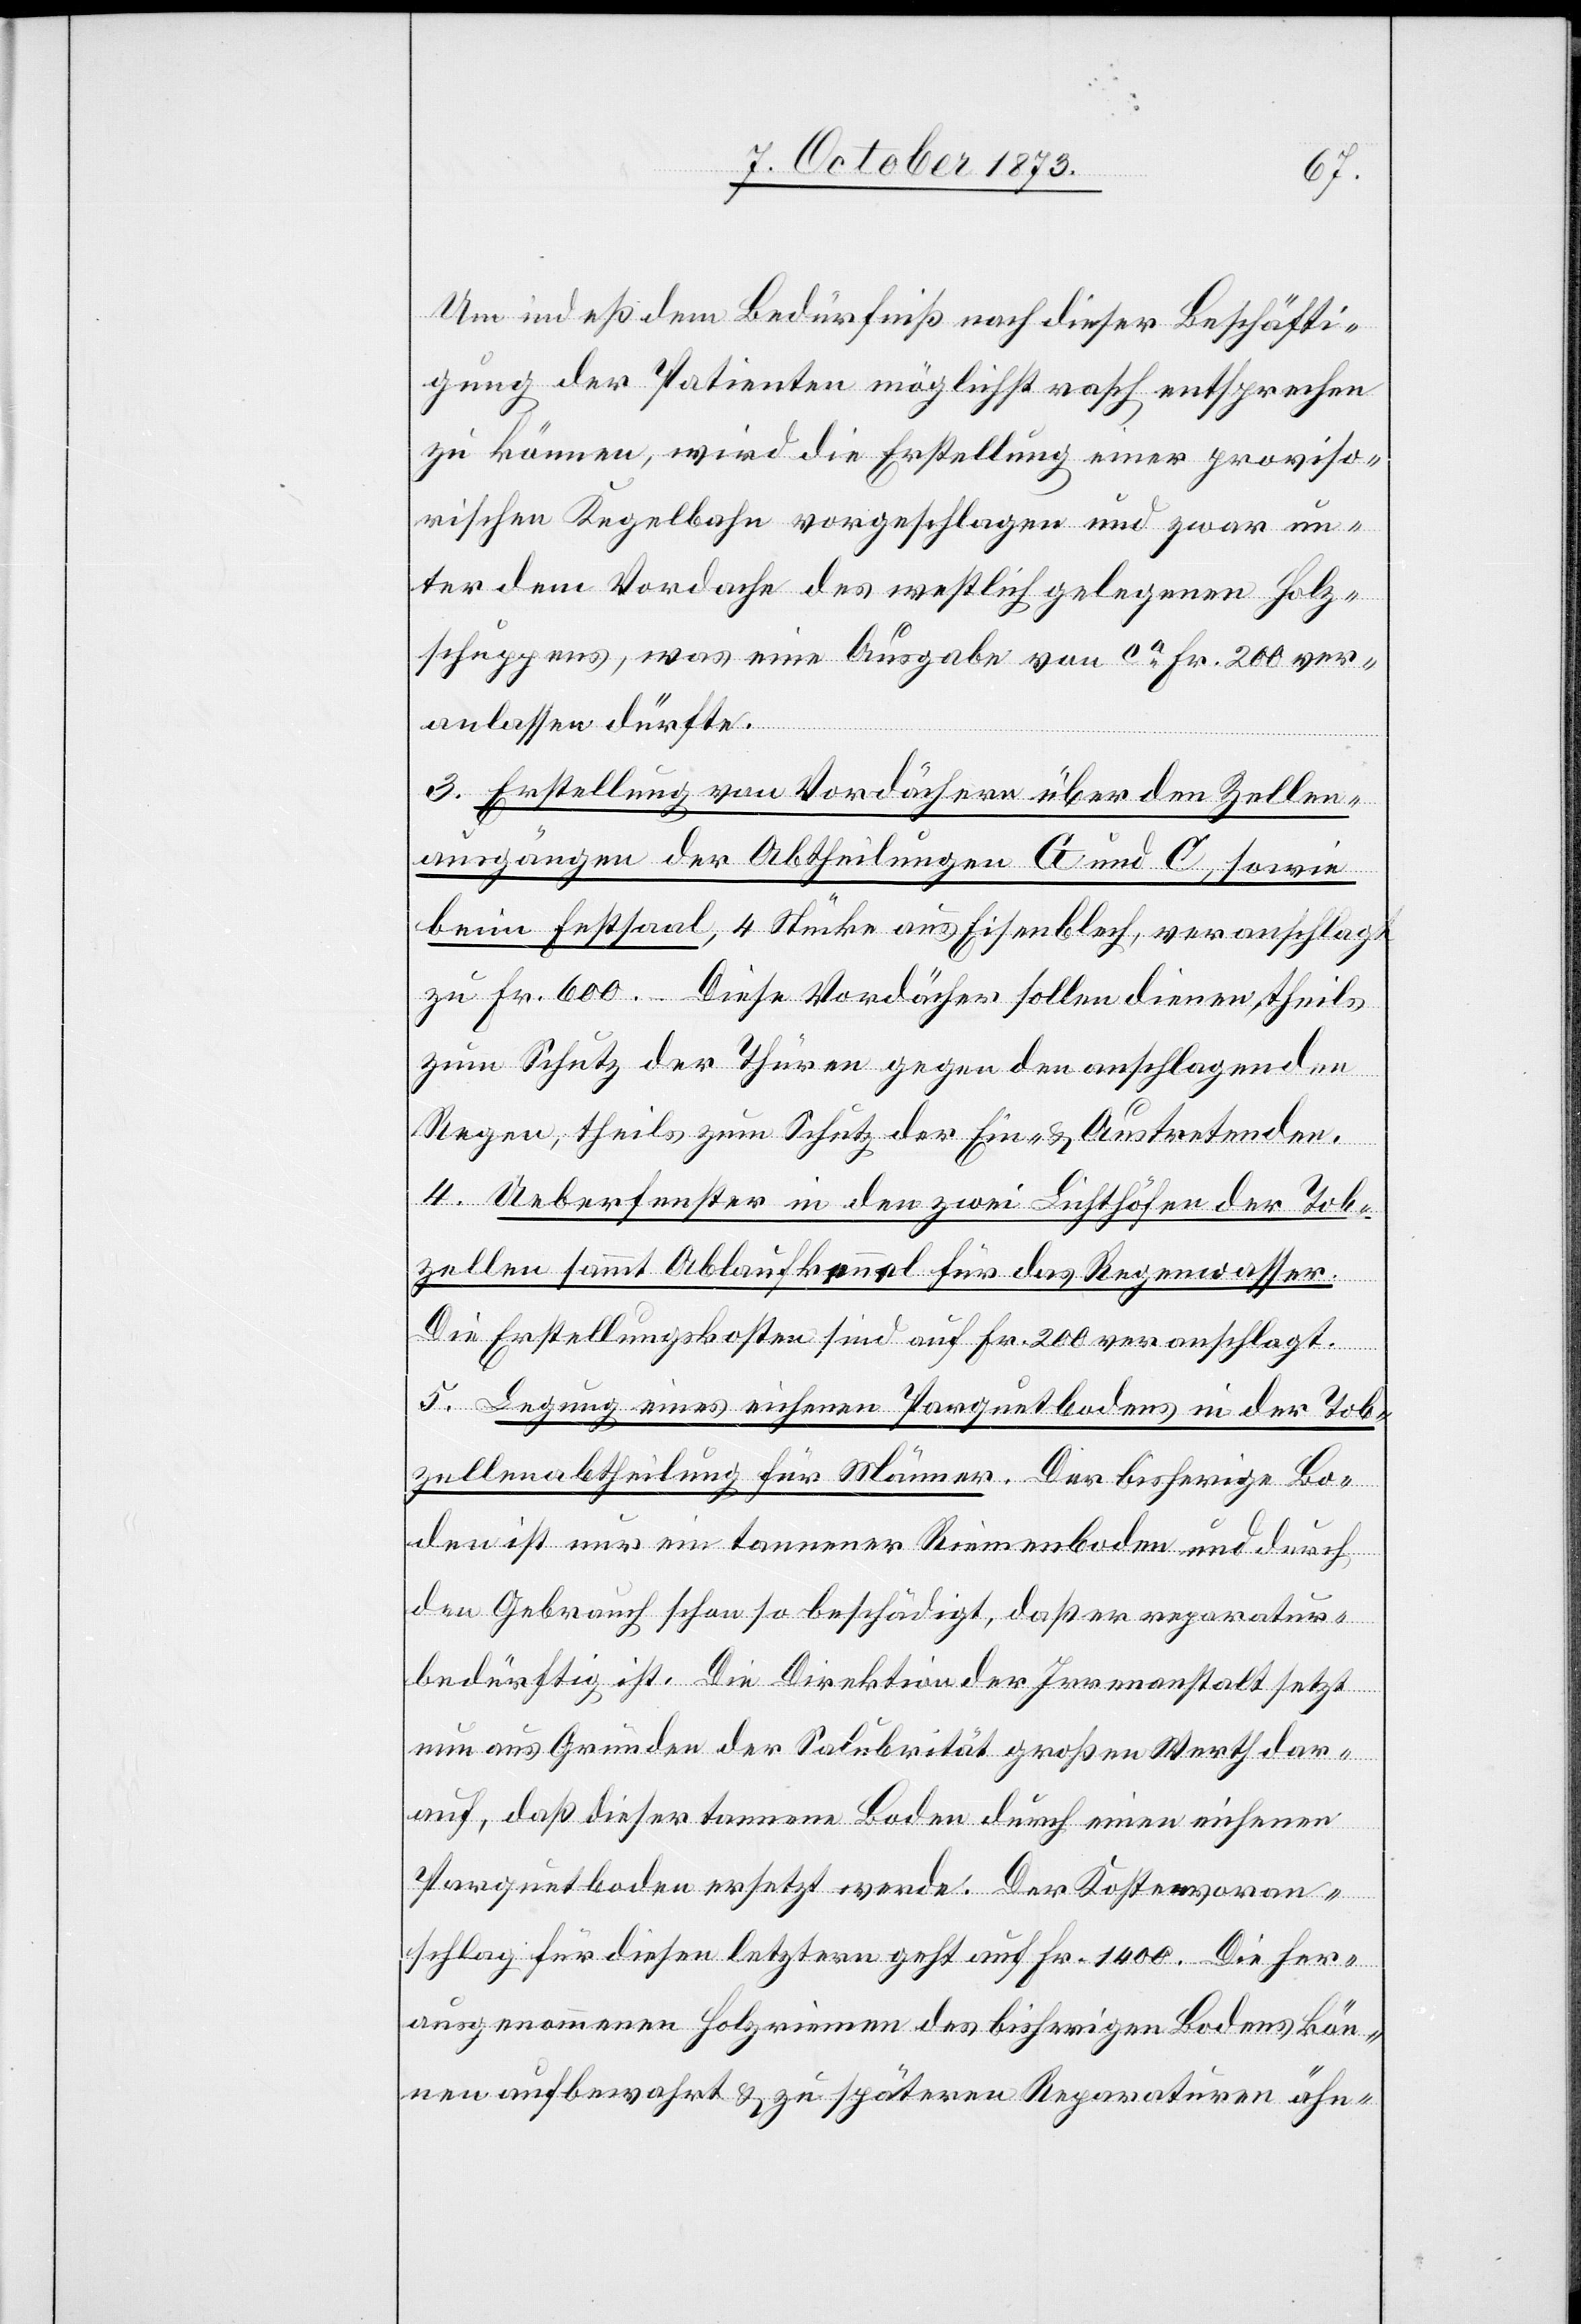
Um indeß dem Bedürfniß nach dieser Beschäfti¬
gung der Patienten möglichst rasch entsprechen
zu können, wird die Erstellung einer proviso¬
rischen Kegelbahn vorgeschlagen und zwar un¬
ter dem Vordache des westlich gelegenen Holz¬
schuppens, was eine Ausgabe von ca Fr. 200 ver¬
anlassen dürfte.
3. Erstellung von Vordächern über den Zellen¬
ausgängen der Abtheilungen G und C, sowie
beim Festsaal, 4 Stücke aus Eisenblech, veranschlagt
zu Fr. 600. – Diese Vordächer sollen dienen theils
zum Schutz der Thüren gegen den anschlagenden
Regen, theils zum Schutz der Ein- & Austretenden.
4. Ueberfenster in den zwei Lichthöfen der Tob¬
zellen sammt Ablaufkennel für das Regenwasser.
Die Erstellungskosten sind auf Fr. 200 veranschlagt.
5. Legung eines eichenen Parquetbodens in der Tob¬
zellenabtheilung für Männer. Der bisherige Bo¬
den ist nur ein tannener Riemenboden und durch
den Gebrauch schon so beschädigt, daß er reparatur¬
bedürftig ist. Die Direktion des Innern setzt
nun aus Gründen der Salubrität großen Werth dar¬
auf, daß dieser tannene Boden durch einen eichenen
Parquetboden ersetzt werde. Der Kostenvoran¬
schlag für diesen letztern geht auf Fr. 1 400. Die her¬
ausgenommenen Holzriemen des bisherigen Bodens kön¬
nen aufbewahrt & zu späteren Reparaturen ähn-